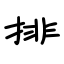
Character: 排